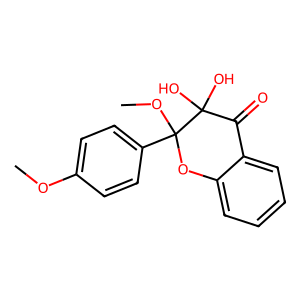
SMILES: COc1ccc(C2(OC)Oc3ccccc3C(=O)C2(O)O)cc1
Inhibits HIV replication: No